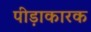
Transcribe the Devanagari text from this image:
पीड़ाकारक